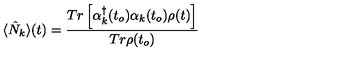
\langle \hat { N } _ { k } \rangle ( t ) = \frac { T r \left[ \alpha _ { k } ^ { \dagger } ( t _ { o } ) \alpha _ { k } ( t _ { o } ) \rho ( t ) \right] } { T r \rho ( t _ { o } ) }